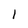
Character: 1